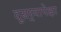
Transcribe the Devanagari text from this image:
दूसर्‍यापेक्षा